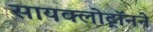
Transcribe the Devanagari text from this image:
सायक्लोट्रॉनने